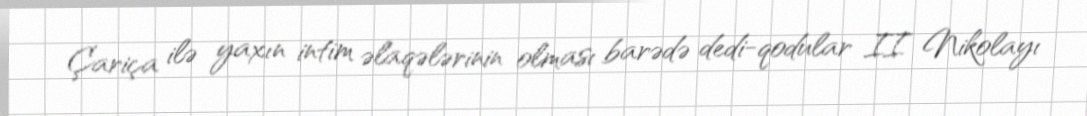
Çariça ilə yaxın intim əlaqələrinin olması barədə dedi-qodular II Nikolayı